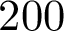
2 0 0